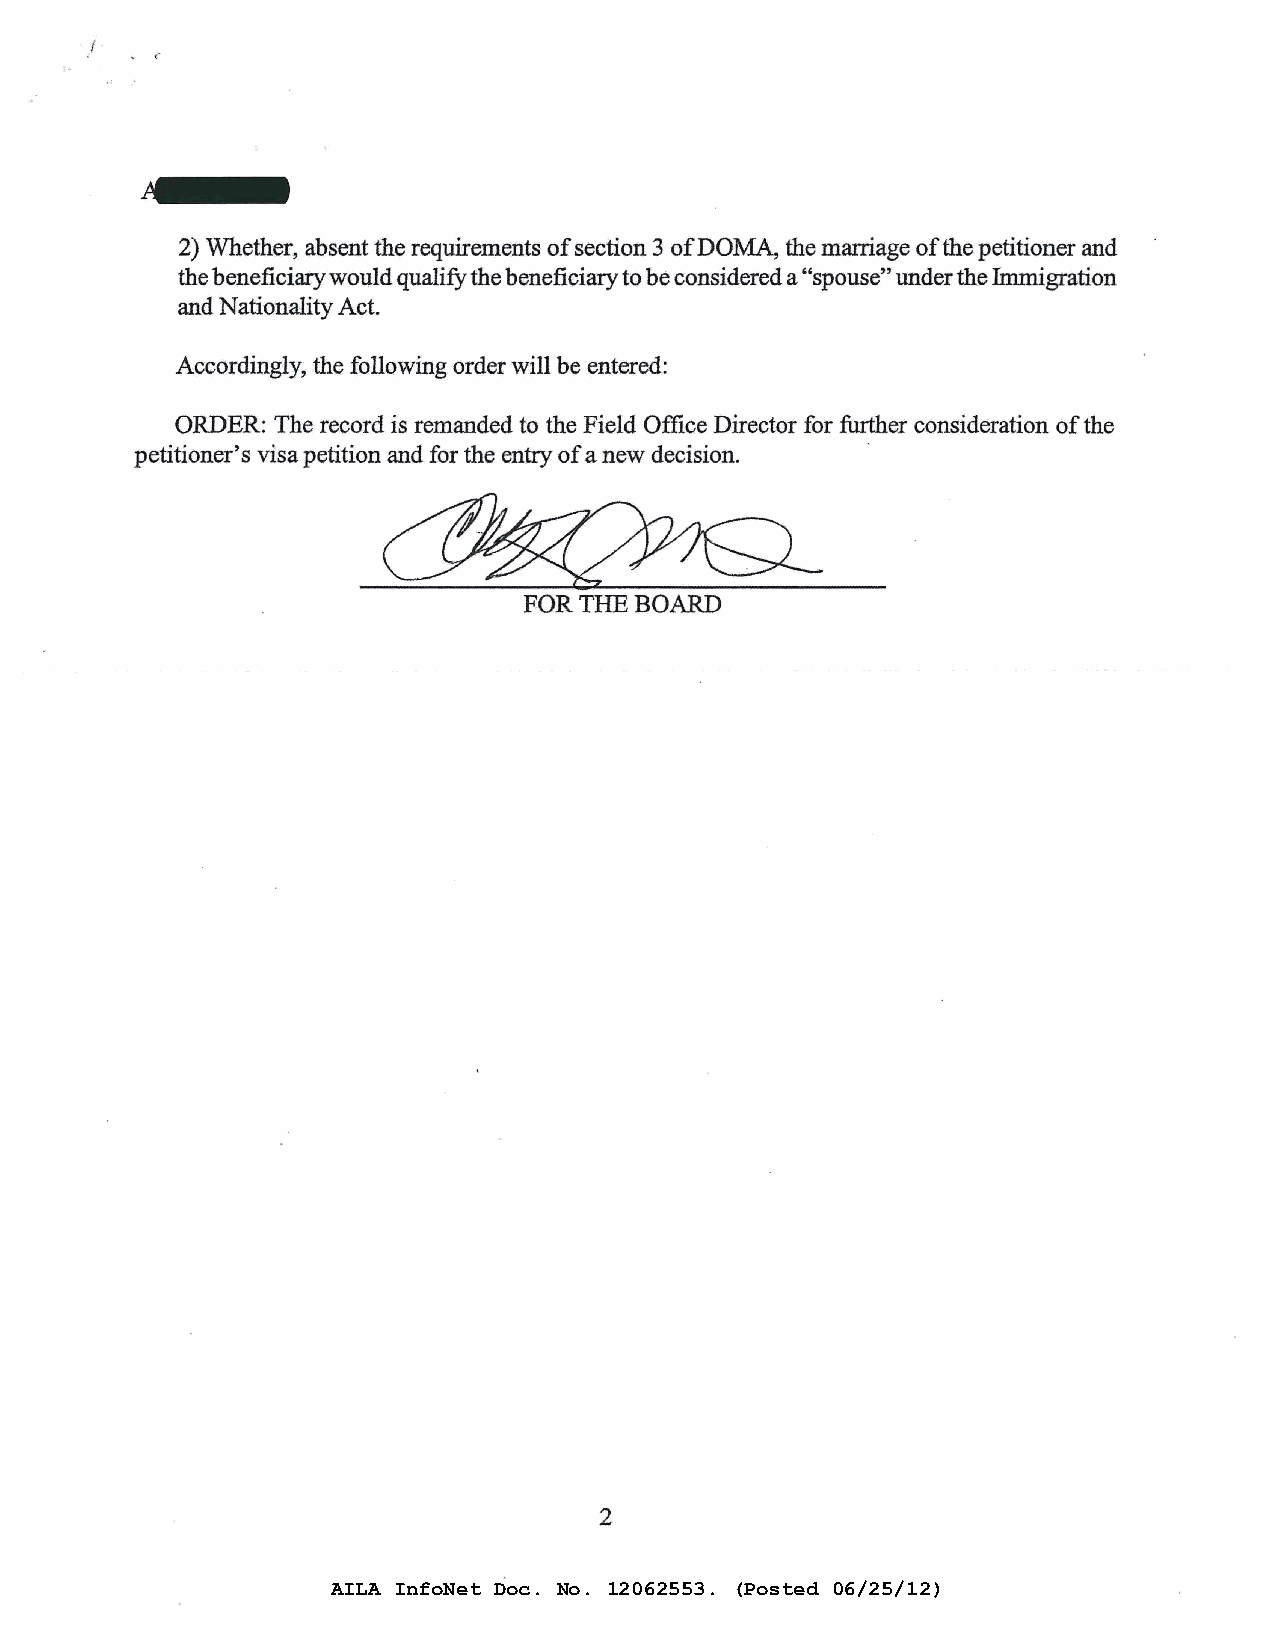
(·
 1-
 -
 2) Whether, absent the requirements of section 3 ofDOMA, the marriage of the petitioner and
 the beneficiary would qualify the beneficiary to be considered a "spouse" under the Immigration
 and Nationality Act.
 Accordingly, the following order will be entered:
 ORDER: The record is remanded to the Field Office Director for further consideration of the
 petitioner's visa petition and for the entry of a new decision.
 FOR THE BOARD
 2
 AILA InfoNet Doc. No. 12062553. (Posted 06/25/12)